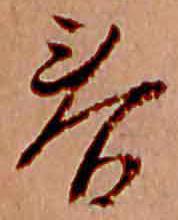
春